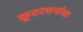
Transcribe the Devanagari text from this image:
कूटरचनांचा